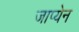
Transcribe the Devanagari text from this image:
जाप्येन